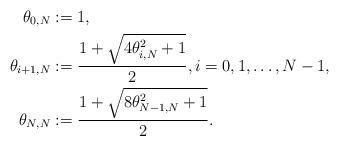
LaTeX: \begin{align*}\theta_{0,N} &:= 1, \\\theta_{i+1,N} &:= \frac{1+\sqrt{4\theta_{i,N}^2+1}}{2},i=0,1,\dots,N-1,\\\theta_{N,N} &:= \frac{1+\sqrt{8\theta_{N-1,N}^2+1}}{2}.\end{align*}